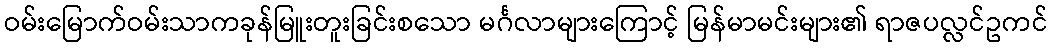
ဝမ်းမြောက်ဝမ်းသာကခုန်မြူးတူးခြင်းစသော မင်္ဂလာများကြောင့် မြန်မာမင်းများ၏ ရာဇပလ္လင်ဥကင်